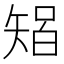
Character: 𱳡